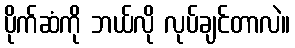
ပိုက်ဆံကို ဘယ်လို လုပ်ချင်တာလဲ။